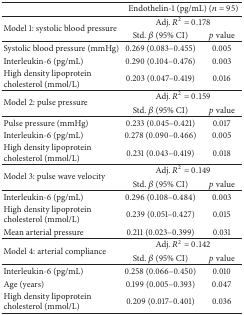
<table><thead><tr><td>[EMPTY_CELL]</td><td colspan="2"><b>Endothelin-1 (pg/mL) (<i>n</i> = 95)</b></td></tr></thead><tbody><tr><td rowspan="2">Model 1: systolic blood pressure</td><td colspan="2">Adj. <i>R</i><sup>2</sup> = 0.178</td></tr><tr><td>Std. <i>β</i> (95% CI)</td><td><i>p</i> value</td></tr><tr><td>Systolic blood pressure (mmHg)</td><td>0.269 (0.083–0.455)</td><td>0.005</td></tr><tr><td>Interleukin-6 (pg/mL)</td><td>0.290 (0.104–0.476)</td><td>0.003</td></tr><tr><td>High density lipoprotein cholesterol (mmol/L)</td><td>0.203 (0.047–0.419)</td><td>0.016</td></tr><tr><td rowspan="2">Model 2: pulse pressure</td><td colspan="2">Adj. <i>R</i><sup>2</sup> = 0.159</td></tr><tr><td>Std. <i>β</i> (95% CI)</td><td><i>p</i> value</td></tr><tr><td>Pulse pressure (mmHg)</td><td>0.233 (0.045–0.421)</td><td>0.017</td></tr><tr><td>Interleukin-6 (pg/mL)</td><td>0.278 (0.090–0.466)</td><td>0.005</td></tr><tr><td>High density lipoprotein cholesterol (mmol/L)</td><td>0.231 (0.043–0.419)</td><td>0.018</td></tr><tr><td rowspan="2">Model 3: pulse wave velocity</td><td colspan="2">Adj. <i>R</i><sup>2</sup> = 0.149</td></tr><tr><td>Std. <i>β</i> (95% CI)</td><td><i>p</i> value</td></tr><tr><td>Interleukin-6 (pg/mL)</td><td>0.296 (0.108–0.484)</td><td>0.003</td></tr><tr><td>High density lipoprotein cholesterol (mmol/L)</td><td>0.239 (0.051–0.427)</td><td>0.015</td></tr><tr><td>Mean arterial pressure</td><td>0.211 (0.023–0.399)</td><td>0.031</td></tr><tr><td rowspan="2">Model 4: arterial compliance</td><td colspan="2">Adj. <i>R</i><sup>2</sup> = 0.142</td></tr><tr><td>Std. <i>β</i> (95% CI)</td><td><i>p</i> value</td></tr><tr><td>Interleukin-6 (pg/mL)</td><td>0.258 (0.066–0.450)</td><td>0.010</td></tr><tr><td>Age (years)</td><td>0.199 (0.005–0.393)</td><td>0.047</td></tr><tr><td>High density lipoprotein cholesterol (mmol/L)</td><td>0.209 (0.017–0.401)</td><td>0.036</td></tr></tbody></table>